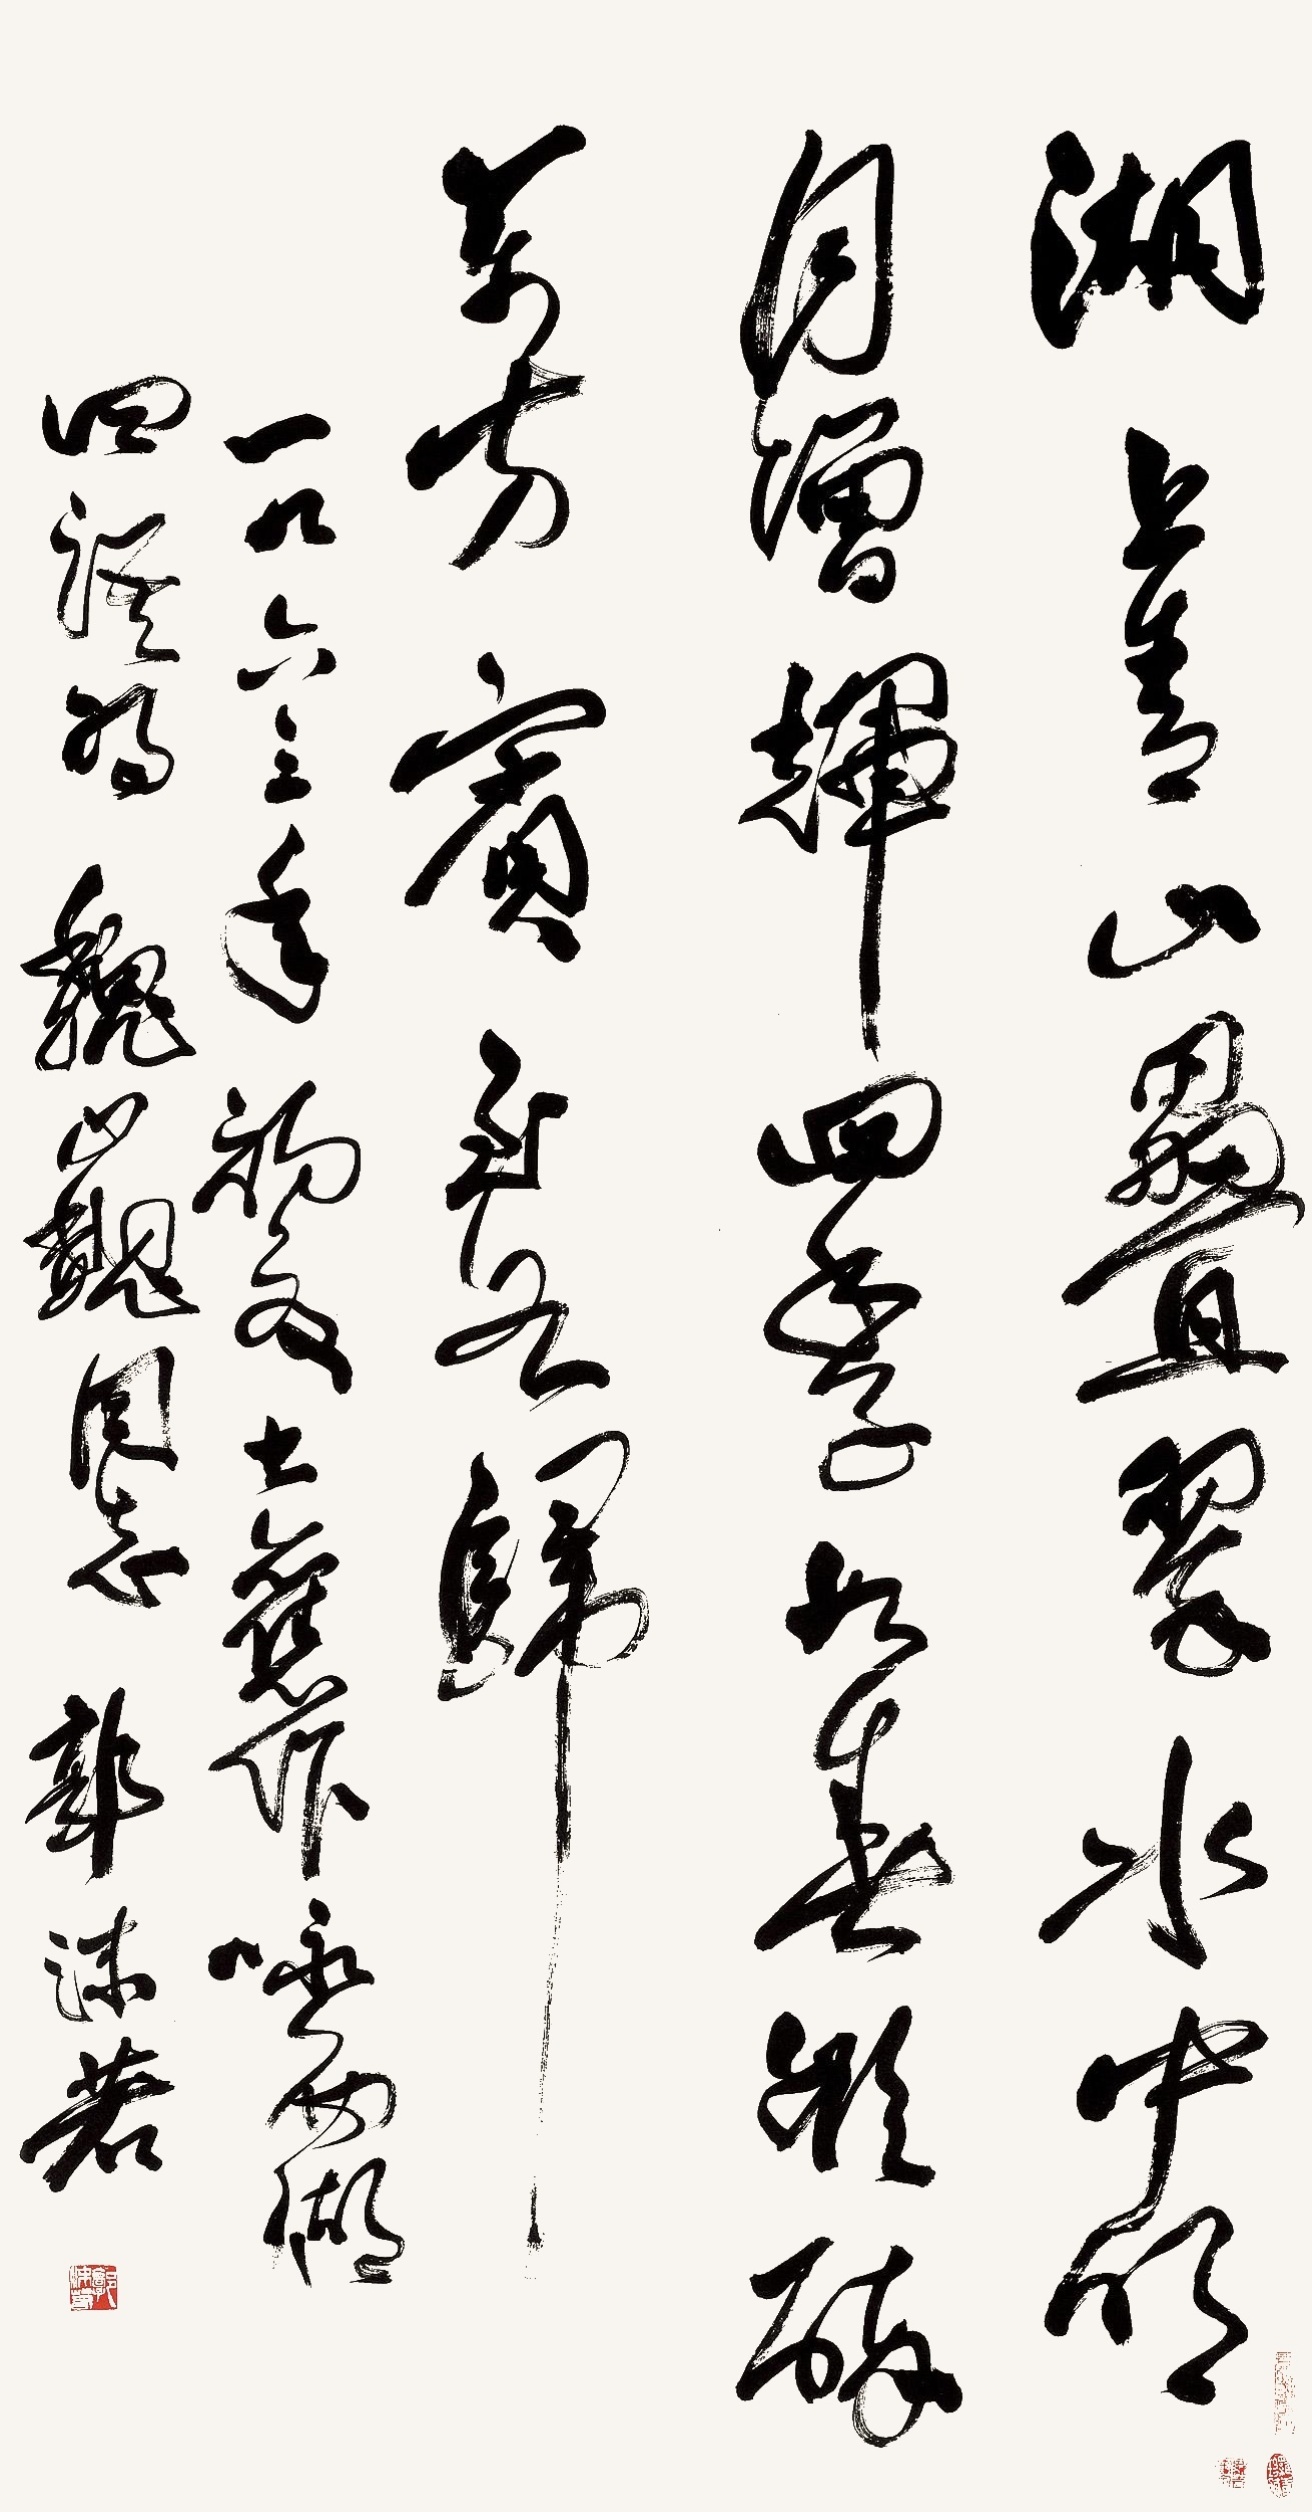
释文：湖上青山叠翠，水中明中增辉。四季如春欲醉，万方宾至如归。一九六三年初夏甚欢作咏西湖四语为魏巍同志。郭沫若。